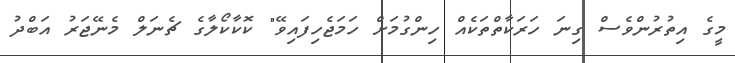
މީގެ އިތުރުންވެސް ގިނަ ހަރަކާތްތަކެއް ހިންގުމަށް ހަމަޖެހިފައިވޭ" ކޮކާކޯލާގެ ޗެނަލް މެނޭޖަރު އަބްދު